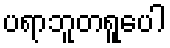
ပရာဘူတရူပေါ